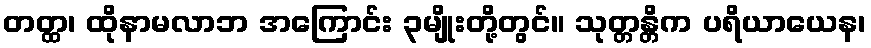
တတ္ထ၊ ထိုနာမလာဘ အကြောင်း ၃မျိုးတို့တွင်။ သုတ္တန္တိက ပရိယာယေန၊